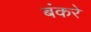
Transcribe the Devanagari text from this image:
बंकरे